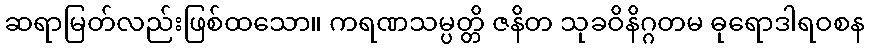
ဆရာမြတ်လည်းဖြစ်ထသော။ ကရဏသမ္ပတ္တိ ဇနိတ သုခဝိနိဂ္ဂတမ ဓုရောဒါရဝစန